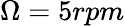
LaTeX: \Omega=5rpm